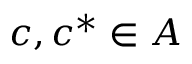
c , c ^ { * } \in A